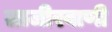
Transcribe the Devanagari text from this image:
लाजीरवाणी